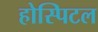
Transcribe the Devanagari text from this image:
होस्पिटल